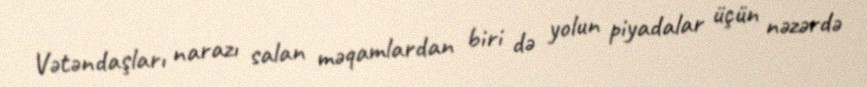
Vətəndaşları narazı salan məqamlardan biri də yolun piyadalar üçün nəzərdə